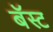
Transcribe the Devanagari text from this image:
बॅस्ट